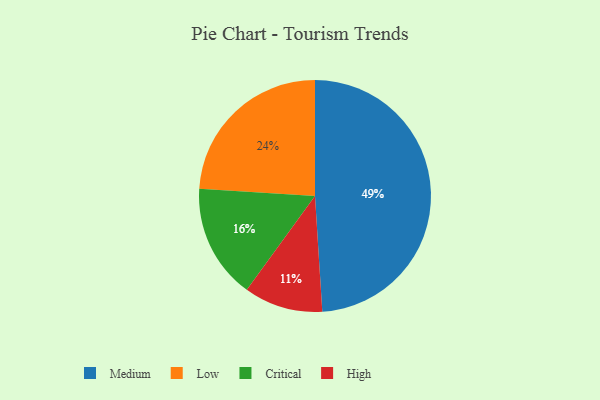
{"axis": {"x": "Category", "y": "Percentage"}, "legend": ["Critical", "High", "Low", "Medium"], "data": [{"x": "Critical", "y": 16, "type": "Critical"}, {"x": "High", "y": 11, "type": "High"}, {"x": "Medium", "y": 49, "type": "Medium"}, {"x": "Low", "y": 24, "type": "Low"}]}